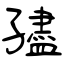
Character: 孻